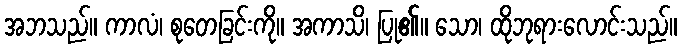
အဘသည်။ ကာလံ၊ စုတေခြင်းကို။ အကာသိ၊ ပြု၏။ သော၊ ထိုဘုရားလောင်းသည်။